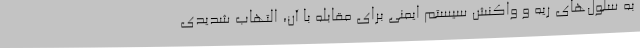
به سلول‌های ریه و واکنش سیستم ایمنی برای مقابله با آن، التهاب شدیدی